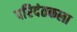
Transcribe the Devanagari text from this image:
परिदंतकला